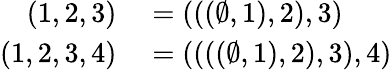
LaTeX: \begin{array}{rl}{(1,2,3)}&{{}=(((\emptyset,1),2),3)}\\ {(1,2,3,4)}&{{}=((((\emptyset,1),2),3),4)}\end{array}